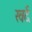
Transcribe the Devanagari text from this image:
खर्द